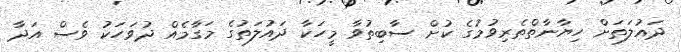
ދައުލަތަށް ހިޔާނާތްތެރިވުމުގެ ކުށް ސާބިތުވާ މީހަކާ ދައުލަތުގެ މަގާމެއް ދުވަހަކު ވެސް އަދާ